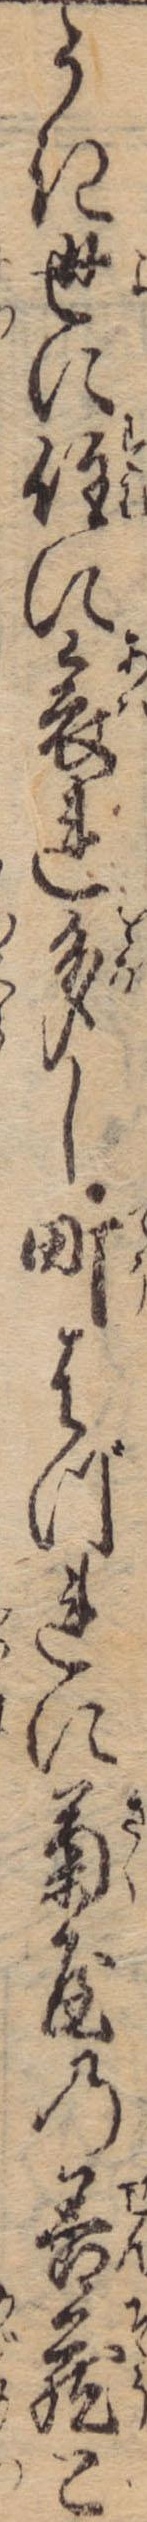
うき世に住に哀れ多し町はづれに菊屋の善蔵と